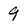
Character: 9